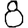
Digit: 8